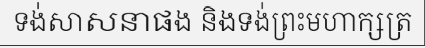
ទង់សាសនាផង និងទង់ព្រះមហាក្សត្រ